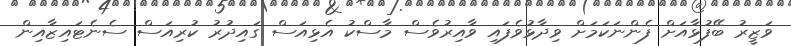
ވަޒީރު ބޭފުޅާއަށް ފެންނަކަމަށް ވިދާޅުވެފައި ވާއިރުވެސް މާސްކު އެޅިއަސް ގައިދުރު ކުރިއަސް ސެނެޓައިޒާއިން